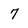
Character: 7